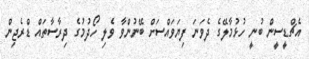
އެޗްޑީސީން ބުނީ ހުޅުމާލޭގެ ދެވަނަ ފިޔަވައްސަށް ބޭނުންވާ ވެލި ހޯދުމުގެ ދިރާސާތައް ޑްރެޖިން